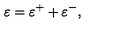
\varepsilon = \varepsilon ^ { + } + \varepsilon ^ { - } ,